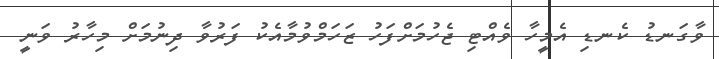
ވާގަނޑު ކެނޑި އެމީހާ ވެއްޓި ޖެހުމަށްފަހު ޒަހަމްވުމާއެކު ފަރުވާ ދިނުމަށް މިހާރު ވަނީ